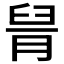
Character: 𦥩